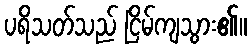
ပရိသတ်သည် ငြိမ်ကျသွား၏။